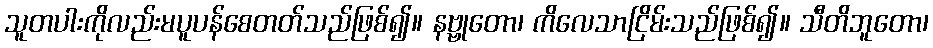
သူတပါးကိုလည်းမပူပန်စေတတ်သည်ဖြစ်၍။ နဗ္ဗုတော၊ ကိလေသာငြိမ်းသည်ဖြစ်၍။ သီတိဘူတော၊